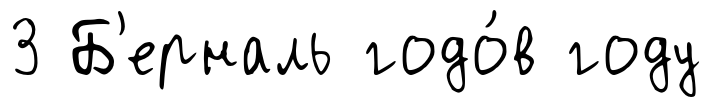
3 Б'ерналь годо́в году